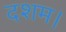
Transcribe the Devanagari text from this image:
दशम।